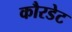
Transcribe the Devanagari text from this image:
कौरडेट